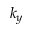
k _ { y }